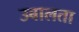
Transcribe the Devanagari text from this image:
उबालता